Kominterni_Eesti_sektsioon_Moskvas, lk 31
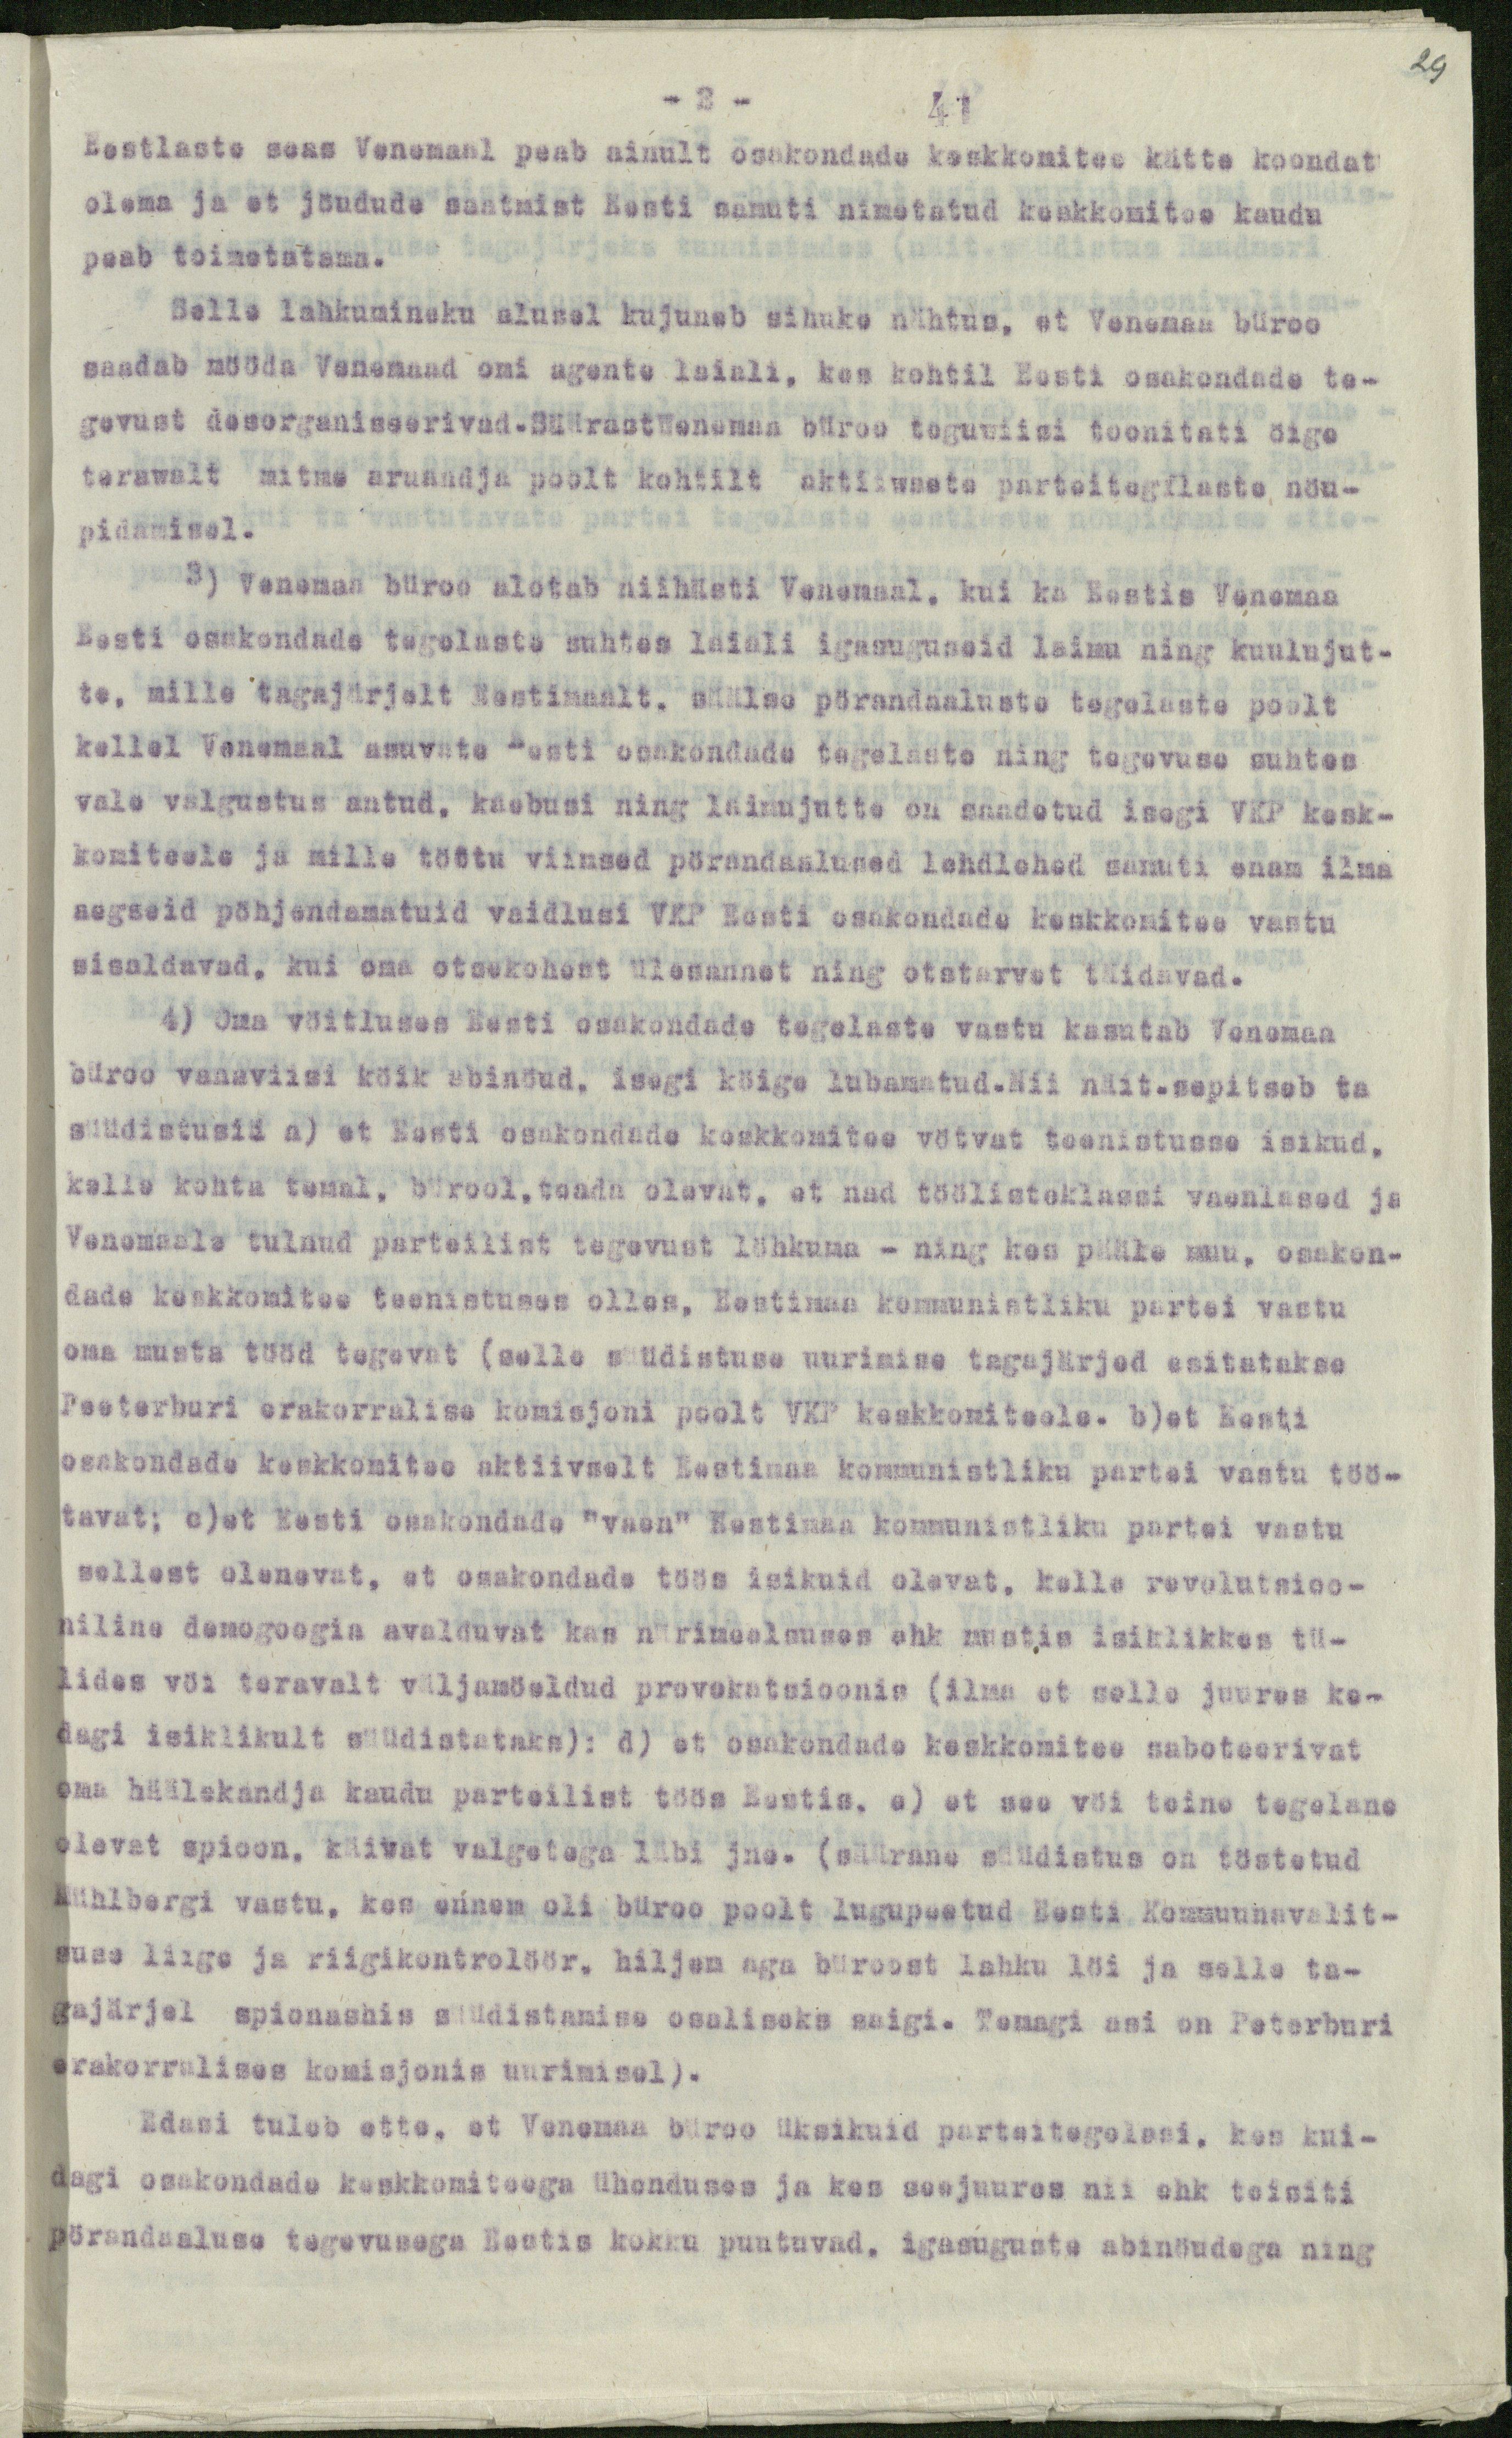
29

- 2 -
41
Eestlaste seas Venemaal peab ainult osakondade keskkomitee kätte koondat
olema ja et jöudude saatmist Eesti samuti nimetatud keskkomitee kaudu
peab toimetatama.
Selle lahkumineku alusel kujuneb sihuke nähtus, et Venemaa büroo
saadab mööda Vanemaad omi agente laiali, kes kohtil Eesti osakondade te-
gevust desorganiseerivad.SäärastVenemaa büroo teguviisi toonitati öige
teravalt mitme aruandja poolt kohtilt aktiivsete parteitegilaste nöu-
pidamisel.
3) Venemaa büroo alotab niihästi Venemaal, kui ka Eestis Venemaa
Eesti osakondade tegelaste suhtes laiali igasuguseid laimu ning kuulujut-
te, mille tagajärjelt Eestimaalt, säälse pörandaaluste tegelaste poolt
kellel Vanemaal asuvate Eesti osakondade tegelaste ning tegevuse suhtes
vale valgustus antud, kaebusi ning laimujutte on saadetud isegi VKP kesk-
komiteele ja mille töttu viimsed pörandaalused lendlehed samuti enam ilma
aegseid pöhjendamatuid vaidlusi VKP Eesti osakondade keskkomitee vastu
sisaldavad, kui oma otsekohest ülesannet ning otstarvat täidavad.
4) Oma vöitluses Eesti osakondade tegelaste vastu kasutab Venemaa
büroo vanaviisi köik abinõud, isegi köige lubamatud.Nii näit.sepitseb ta
süüdistusii a) et Eesti osakondade keskkomitee vötvat teenistusse isikud,
kelle kohta temal, bürool,teada olevat, et nad töölisteklassi vaenlased ja
Venemaale tulnud parteilist tegevust löhkuma - ning kes pääle muu, osakon-
dade keskkomitee teenistuses olles, Eestimaa kommunistliku partei vastu
oma musta tööd tegevat (selle süüdistuse uurimise tagajärjed esitatakse
Peeterburi erakorralise komisjoni poolt VKP keskkomiteele. b)et Eesti
osakondade keskkomitee aktiivselt Eestimaa kommunistliku partei vastu töö-
tavat; c)et Eesti osakondade "vaen" Eestimaa kommunistliku partei vastu
sellest olenevat, et osakondade töös isikuid olevat, kelle revolutsioo-
niline demogoogia avalduvat kas nürimeelsuses ehk mustis isiklikkes tü-
lides vöi teravalt väljamöeldud provokatsioonis (ilma et selle juures ke-
dagi isiklikult süüdistataks); d) et osakondade keskkomitee saboteerivat
oma häälekandja kaudu parteilist töös Eestis, e) et see vöi teine tegelane
olevat spioon, käivat valgetega läbi jne. (säärane süüdistus on töstetud
Mühlbergi vastu, kes ennem oli büroo poolt lugupeetud Eesti Kommuunavalit-
suse liige ja riigikontrolöör, hiljem aga büroost lahku löi ja selle ta-
gajärjel spionashis süüdistamise osaliseks saigi. Temagi asi on Peterburi
erakorralises komisjonis uurimisel).
Edasi tuleb ette, et Venemaa büroo üksikuid parteitegelasi, kes kui-
dagi osakondade keskkomiteega ühenduses ja kes seejuures nii ehk teisiti
pörandaaluse tegevusega Eestis kokku puutuvad, igasuguste abinöudega ning